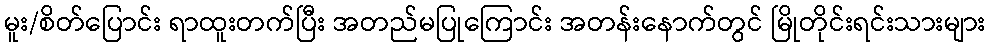
မူး/စိတ်ပြောင်း ရာထူးတက်ပြီး အတည်မပြုကြောင်း အတန်းနောက်တွင် မြိုတိုင်းရင်းသားများ